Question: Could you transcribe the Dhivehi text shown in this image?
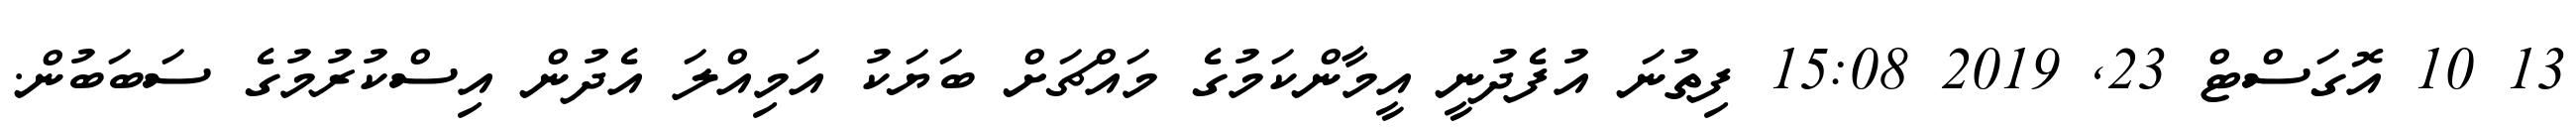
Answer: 13 10 އޮގަސްޓް 23, 2019 15:08 ފިތުނަ އުފެދުނީ އީމާންކަމުގެ މައްޗަށް ބަޔަކު އަމިއްލަ އެދުން އިސްކުރުމުގެ ސަބަބުން.